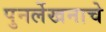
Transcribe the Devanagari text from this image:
पुनर्लेखनाचे